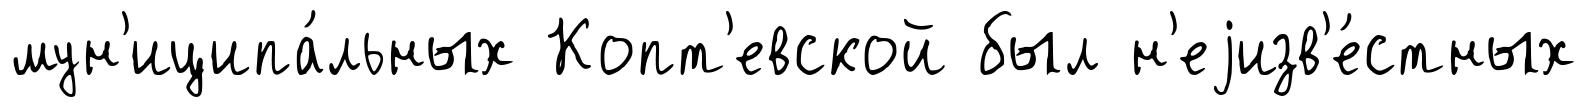
мун'иципа́льных Копт'евской был н'еjизв'е́стных